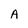
Character: A